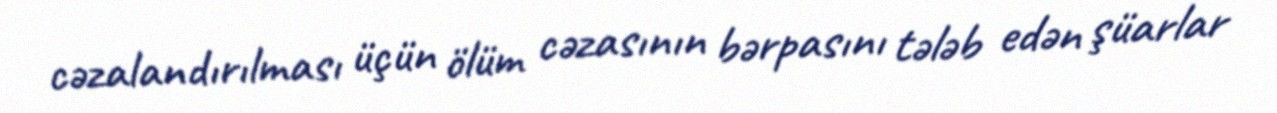
cəzalandırılması üçün ölüm cəzasının bərpasını tələb edən şüarlar